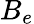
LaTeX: B_{e}